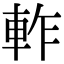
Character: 𨋘